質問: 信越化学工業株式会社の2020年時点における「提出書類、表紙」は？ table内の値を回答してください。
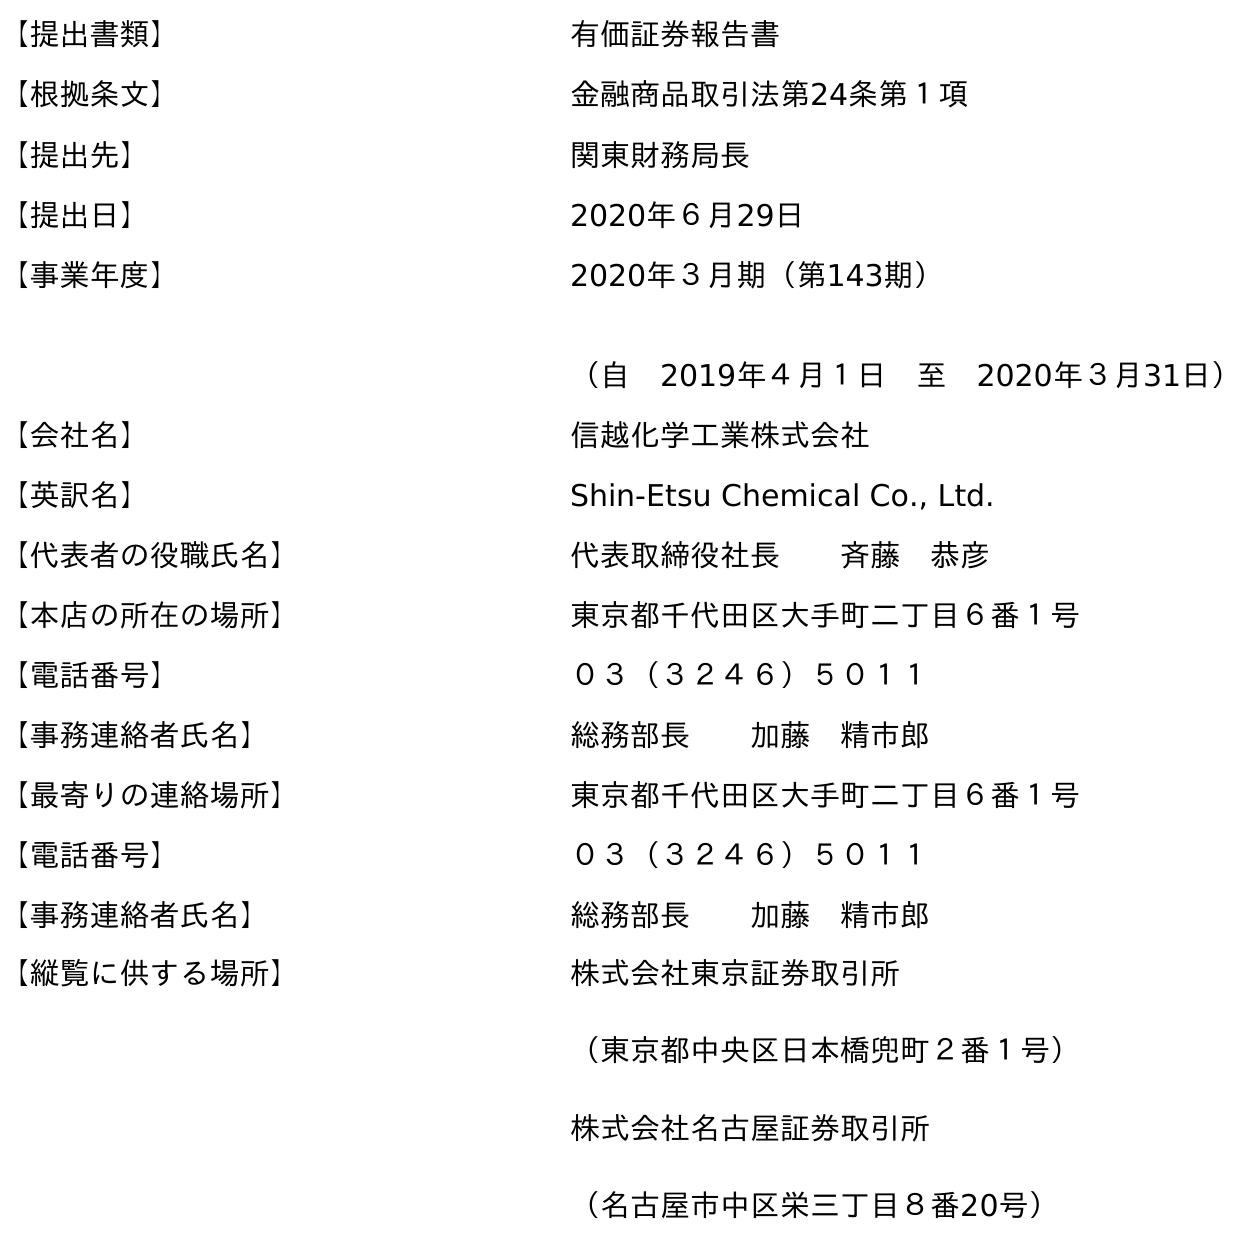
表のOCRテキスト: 【提出書類】 有価証券報告書 【根拠条文】 金融商品取引法第24条第１項 【提出先】 関東財務局長 【提出日】 2020年６月29日 【事業年度】 2020年３月期（第143期） （自 2019年４月１日 至 2020年３月31日） 【会社名】 信越化学工業株式会社 【英訳名】 Shin-Etsu Chemical Co., Ltd. 【代表者の役職氏名】 代表取締役社長  斉藤 恭彦 【本店の所在の場所】 東京都千代田区大手町二丁目６番１号 【電話番号】 ０３（３２４６）５０１１ 【事務連絡者氏名】 総務部長  加藤 精市郎 【最寄りの連絡場所】 東京都千代田区大手町二丁目６番１号 【電話番号】 ０３（３２４６）５０１１ 【事務連絡者氏名】 総務部長  加藤 精市郎 【縦覧に供する場所】 株式会社東京証券取引所 （東京都中央区日本橋兜町２番１号） 株式会社名古屋証券取引所 （名古屋市中区栄三丁目８番20号）
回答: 有価証券報告書